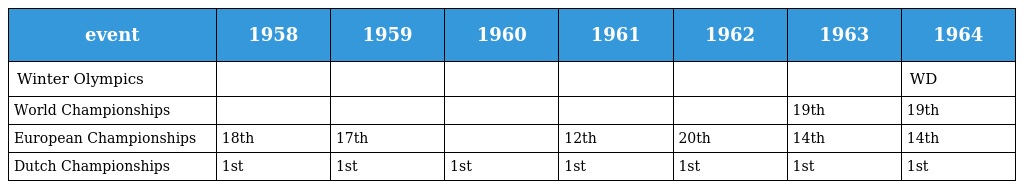
| event | 1958 | 1959 | 1960 | 1961 | 1962 | 1963 | 1964 |
 | --- | --- | --- | --- | --- | --- | --- | --- |
 | Winter Olympics |  |  |  |  |  |  | WD |
 | World Championships |  |  |  |  |  | 19th | 19th |
 | European Championships | 18th | 17th |  | 12th | 20th | 14th | 14th |
 | Dutch Championships | 1st | 1st | 1st | 1st | 1st | 1st | 1st |